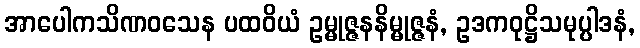
အာပေါကသိဏဝသေန ပထဝိယံ ဥမ္မုဇ္ဇနနိမ္မုဇ္ဇနံ, ဥဒကဝုဋ္ဌိသမုပ္ပါဒနံ,